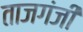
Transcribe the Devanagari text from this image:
ताजगंजी